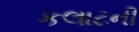
કલાટની